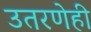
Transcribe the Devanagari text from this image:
उतरणेही